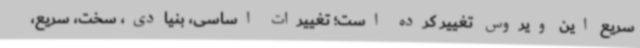
سریع این ویروس تغییر کرده است؛ تغییرات اساسی، بنیادی، سخت، سریع،